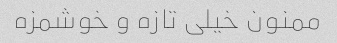
ممنون خیلی تازه و خوشمزه